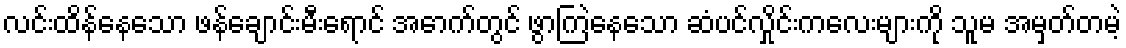
လင်းထိန်နေသော ဖန်ချောင်းမီးရောင် အောက်တွင် ဖွာကြဲနေသော ဆံပင်လှိုင်းကလေးများကို သူမ အမှတ်တမဲ့